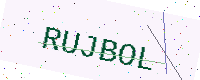
Text: RUJBOL